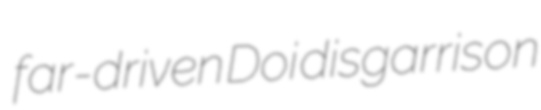
far-driven Doi disgarrison